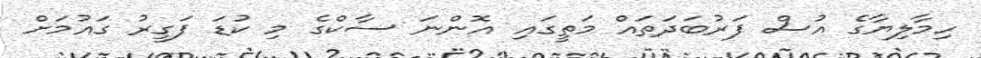
ހިމާލިޔާގެ އުސް ފަރުބަދަތައް މަތީގައި އޮންނަ ސާކްގެ މި ކުޑަ ފަގީރު ގައުމަށް